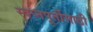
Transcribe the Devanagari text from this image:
स्वप्नपूर्तीसाठी